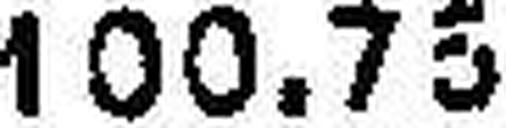
100.75